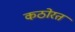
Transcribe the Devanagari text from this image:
कठोरत